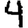
Digit: 4